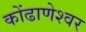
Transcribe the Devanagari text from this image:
कोंढाणेश्वर